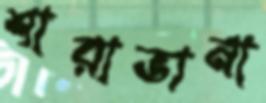
শারাভানা